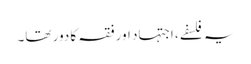
یہ فلسفے، اجتہاد اور فقہ کا دور تھا۔